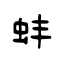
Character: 蚌